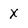
Character: X